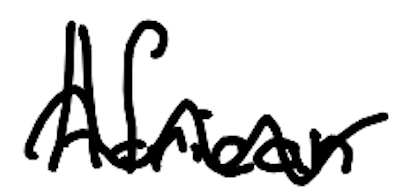
Text: African
Cross-out: wave
Writing tool: digital_black